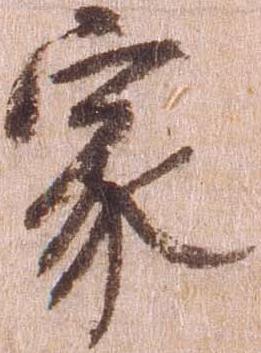
家